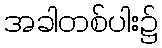
အခါတစ်ပါး၌